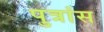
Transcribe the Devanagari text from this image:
पुत्रांस